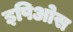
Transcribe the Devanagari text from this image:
इपिओस